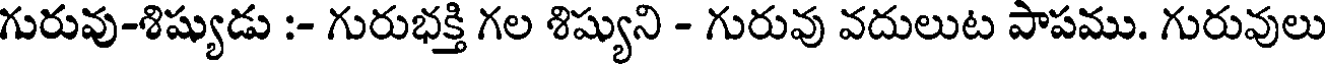
గురువు-శిష్యుడు :- గురుభక్తి గల శిష్యుని - గురువు వదులుట పాపము. గురువులు